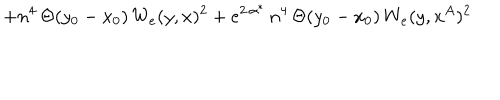
+ n ^ { 4 } \, \Theta ( y _ { 0 } - x _ { 0 } ) \, W _ { e } ( y , x ) ^ { 2 } + e ^ { 2 \, \alpha ^ { * } } \, n ^ { 4 } \, \Theta ( y _ { 0 } - x _ { 0 } ) \, W _ { e } ( y , x ^ { A } ) ^ { 2 }